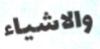
والاشياء